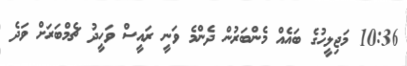
10:36 މަޖިލީހުގެ ބައެއް މެންބަރުން ދެންމެ ވަނީ ރައީސް ވަހީދު ޗެމްބަރަށް ވަދެ